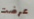
عرضت